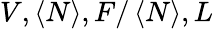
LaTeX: V,\left\langle N\right\rangle,F/\left\langle N\right\rangle,L